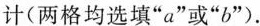
计(两格均选填”a”或”b”)。